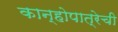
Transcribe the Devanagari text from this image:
कान्होपात्रेची